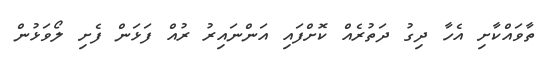
ތާވައްކާށި އެހާ ދިގު ދަތުރެއް ކޮށްފައި އަންނައިރު ރުއް ފަޅަން ފެށި ލޯވަޅުން